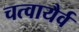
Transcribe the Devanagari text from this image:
चत्वायैर्व